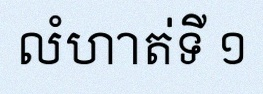
លំហាត់ទី ១